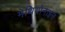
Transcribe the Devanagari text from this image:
मेथियोनाइन